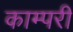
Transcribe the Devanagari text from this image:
काम्परी